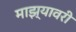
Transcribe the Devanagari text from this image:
माझ्यावरी